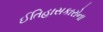
ઈતિહાસકારોના